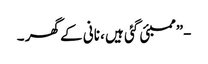
-”ممبئی گئی ہیں ، نانی کے گھر ۔